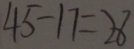
4 5 - 1 7 = 2 8